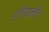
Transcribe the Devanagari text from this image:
हरियाली।